Annual report on the health of the army in India
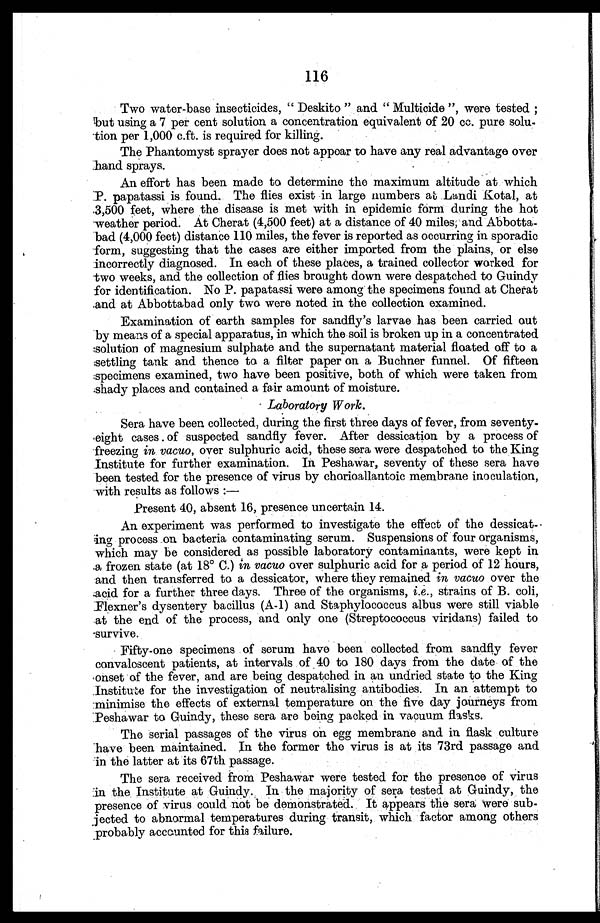
116
Two water-base insecticides, "Deskito" and "Multicide", were tested;
but using a 7 per cent solution a concentration equivalent of 20 cc. pure solu-
tion per 1,000 c.ft. is required for killing.
The Phantomyst sprayer does not appear to have any real advantage over
hand sprays.
An effort has been made to determine the maximum altitude at which
P. papatassi is found. The flies exist in large numbers at Landi Kotal, at
3,500 feet, where the disease is met with in epidemic form during the hot
weather period. At Cherat (4,500 feet) at a distance of 40 miles; and Abbotta
-bad (4,000 feet) distance 110 miles, the fever is reported as occurring in sporadic
form, suggesting that the cases are either imported from the plains, or else
incorrectly diagnosed. In each of these places, a trained collector worked for
two weeks, and the collection of flies brought down were despatched to Guindy
for identification. No P. papatassi were among the specimens found at Cherat
and at Abbottabad only two were noted in the collection examined.
Examination of earth samples for sandfly's larvae has been carried out
by means of a special apparatus, in which the soil is broken up in a concentrated
solution of magnesium sulphate and the supernatant material floated off to a
settling tank and thence to a filter paper on a Buchner funnel. Of fifteen
specimens examined, two have been positive, both of which were taken from
shady places and contained a fair amount of moisture.
Laboratory Work.
Sera have been collected, during the first three days of fever, from seventy
-eight cases of suspected sandfly fever. After dessication by a process of
freezing in vacuo, over sulphuric acid, these sera were despatched to the King
Institute for further examination. In Peshawar, seventy of these sera have
been tested for the presence of virus by chorioallantoic membrane inoculation,
with results as follows:
—
Present 40, absent 16, presence uncertain 14.
An experiment was performed to investigate the effect of the dessicat-
ing process on bacteria contaminating serum. Suspensions of four organisms,
which may be considered as possible laboratory contaminants, were kept in
a frozen state (at 18° C.) in vacuo over sulphuric acid for a period of 12 hours,
and then transferred to a dessicator, where they remained in vacuo over the
acid for a further three days. Three of the organisms, i . e . ,
s t r a i n s o f B . c o l i ,
Flexner's dysentery bacillus (A-1) and Staphylococcus albus were still viable
at the end of the process, and only one (Streptococcus viridans) failed to
survive.
Fifty-one specimens of serum have been collected from sandfly fever
convalescent patients, at intervals of 40 to 180 days from the date of the
onset of the fever, and are being despatched in an undried state to the King
Institute for the investigation of neutralising antibodies. In an attempt to
minimise the effects of external temperature on the five day journeys from
Peshawar to Guindy, these sera are being packed in vacuum flasks.
The serial passages of the virus on egg membrane and in flask culture
have been maintained. In the former the virus is at its 73rd passage and
in the latter at its 67th passage.
The sera received from Peshawar were tested for the presence of virus
in the Institute at Guindy. In the majority of sera tested at Guindy, the
presence of virus could not be demonstrated. It appears the sera were sub
-jected to abnormal temperatures during transit, which factor among others
probably accounted for this failure.